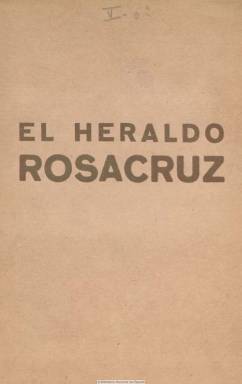
Título: El Heraldo Rosacruz
Colección: Masonería
Ámbito geográfico: Barcelona
Lugar de publicación: Barcelona
Fechas: 01/07/1934-31/07/1935

Se publica en Barcelona como boletín de la Fraternidad Rosacruz, organización iniciática y esotérica fundada en 1909 por Max Heindel, cuyos seguidores se definen como “místicos cristianos” y tienen su “cuartel general” en California, Estados Unidos. Su primer número aparece en julio de 1934 con sólo la cubierta y contracubierta impresa y el resto de sus más de veinte páginas mecanografiadas, indicando sólo como dirección y administración un apartado de correos. Sus ejemplares son repartidos de forma gratuita entre sus miembros. Su objetivo es divulgar las enseñanzas de la Fraternidad Rosacruz y servir de órgano de relación entre sus estudiantes de habla hispana. Ofrece textos sobre su historia y doctrina y otros sobre medicina y alimentación natural. Da cuenta de una Biblioteca Rosacruz e imparte cursos por correspondencia.

A partir de enero de 1935 las páginas de sus entregas son ya impresas en su totalidad, insertando el sumario en su cubierta. Algunos de los títulos de sus artículos son El cuidado de los muertos, según el método Rosacruz, Fragmentos de cartas de maestros, Servicio de la Fraternidad Rosacruz para el solsticio de invierno, La felicidad, Al gran arquitecto del mundo, Reglas generales de la alimentación natural o Análisis oculto de la Biblia, entre otros. Entre los autores aparecen las firmas de Amelia T. de B. de la Peña, Geoffrey Hodson, Benajamina de Riu, Max Heindel, Attilio Bruschetti o Franz Hartman, entre otros, además de los firmados con iniciales. La colección de la Biblioteca Nacional de España está formada por tres entregas mecanografiadas del año 1934 y cuatro totalmente impresas de 1935, siendo la última de julio de este año.